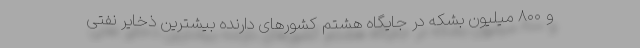
و ۸۰۰ میلیون بشکه در جایگاه هشتم کشورهای دارنده بیشترین ذخایر نفتی